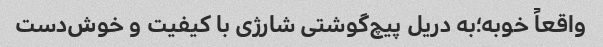
واقعاً خوبه؛به دریل پیچ‌گوشتی شارژی با کیفیت و خوش‌دست